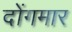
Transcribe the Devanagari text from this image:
दोंगमार